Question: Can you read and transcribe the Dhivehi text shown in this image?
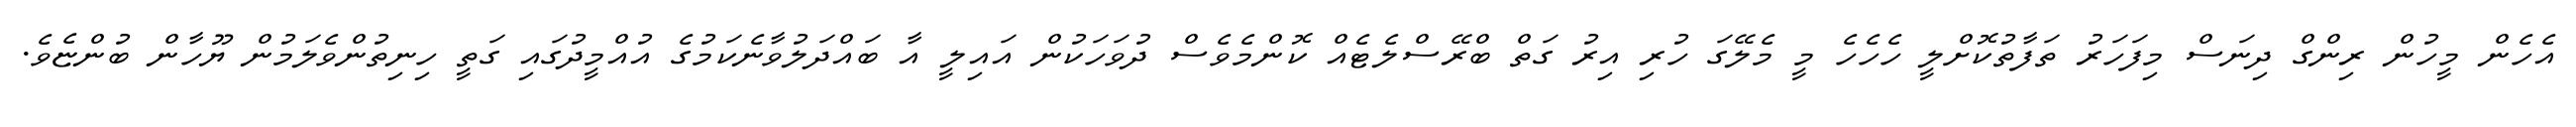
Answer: އެހެން މީހުން ރިންގް ދިނަސް މިފަހަރު ތަފާތުކޮށްލީ ހެހެހެ މީ މެލޭގަ ހުރި އިރު ގަތް ބްރޭސްލެޓެއް ކޮންމެވެސް ދުވަހަކުން އައިލީ އާ ބައްދަލުވާނެކަމުގެ އުއްމީދުގައި ގަތީ ހިނިތުންވެލަމުން ޔޫހާން ބުންޏެވެ.